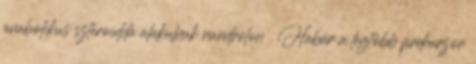
anabolikus szteroiddá alakulnak nandrolon . Habár a legtöbb prekurzor